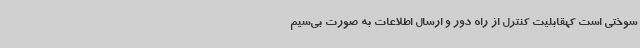
سوختی است کهقابلیت کنترل از راه دور و ارسال اطلاعات به صورت بی‌سیم